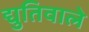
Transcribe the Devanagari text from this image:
द्युतिवाले